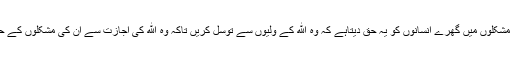
مسئلہ توسل معنوی ومادی مشکلوں میں گھرے انسانوں کو یہ حق دیتاہے کہ وہ الله کے ولیوں سے توسل کریں تاکہ وہ الله کی اجازت سے ان کی مشکلوں کے حل کو الله سے طلب کریں ۔